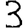
Digit: 3